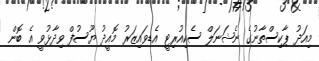
މިއަދު ޕާކިސްތާނުގެ ނެޝަނަލް ސެކިއުރިޓީ އެޑވައިޒަރު މޮއީދު ޔޫސުފް ވިދާޅުވީ އެ ބޮން